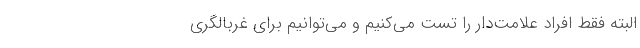
البته فقط افراد علامت‌دار را تست می‌کنیم و می‌توانیم برای غربالگری